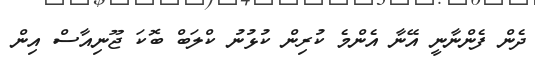
ދެން ފެންނާނީ އޭނާ އެންމެ ކުރިން ކުޅުނު ކްލަބް ބޮކަ ޖޫނިއާސް އިން